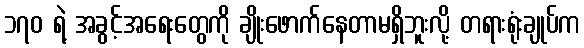
၁၇၀ ရဲ့ အခွင့်အရေးတွေကို ချိုးဖောက်နေတာမရှိဘူးလို့ တရားရုံးချုပ်က